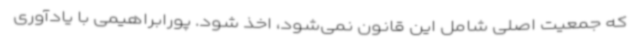
که جمعیت اصلی شامل این قانون نمی‌شود، اخذ شود. پورابراهیمی با یادآوری